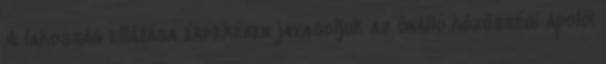
A lakosság ellátása érdekében javasoljuk az önálló közösségi ápolói